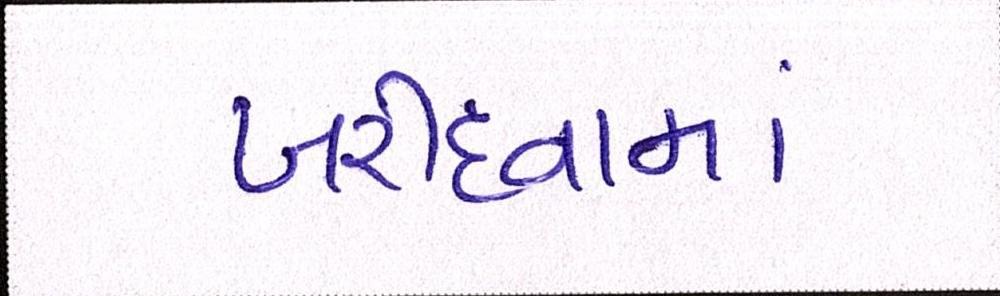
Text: ખરીદવામાં